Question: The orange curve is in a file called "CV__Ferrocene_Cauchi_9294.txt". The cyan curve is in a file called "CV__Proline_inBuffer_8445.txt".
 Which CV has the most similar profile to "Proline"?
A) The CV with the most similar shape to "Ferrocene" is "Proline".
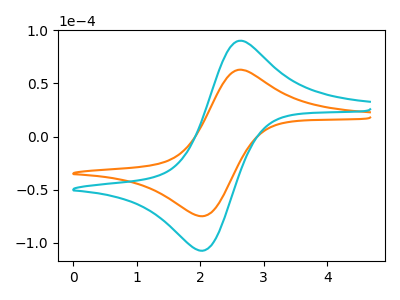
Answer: <think>The orange curve "Ferrocene" has an anodic peak at (2.60V, 62.90uA) and a cathodic peak at (2.05V, -75.05uA). The cyan curve "Proline" has an anodic peak at (2.60V, 90.15uA) and a cathodic peak at (2.05V, -107.60uA).
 All the peaks in "Ferrocene" have a peak in "Proline" at the same potential. Every peak in "Ferrocene" is lower than every peak in "Proline".</think>
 <answer>A) The CV with the most similar shape to "Ferrocene" is "Proline".</answer>
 <eval>A</eval>